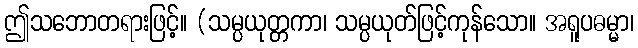
ဤသဘောတရားဖြင့်။ (သမ္ပယုတ္တကာ၊ သမ္ပယုတ်ဖြင့်ကုန်သော။ အရူပဓမ္မာ၊